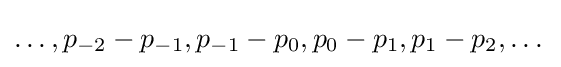
\dots ,p_{-2}-p_{-1},p_{-1}-p_{0},p_{0}-p_{1},p_{1}-p_{2},\dots